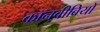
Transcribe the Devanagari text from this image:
कॉनवीवियो